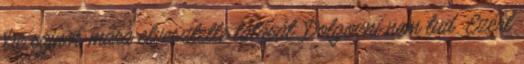
De sajnos mára elvesztette látását. Dolgozni nem tud. Ezért